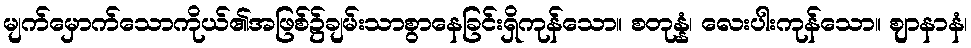
မျက်မှောက်သောကိုယ်၏အဖြစ်၌ချမ်းသာစွာနေခြင်းရှိကုန်သော။ စတုန္နံ၊ လေးပါးကုန်သော။ ဈာနာနံ၊